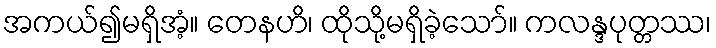
အကယ်၍မရှိအံ့။ တေနဟိ၊ ထိုသို့မရှိခဲ့သော်။ ကလန္ဒပုတ္တဿ၊